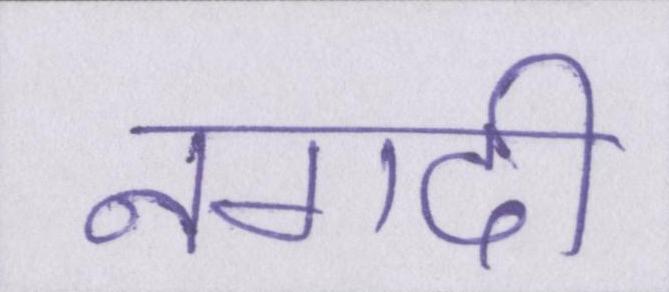
नगदी